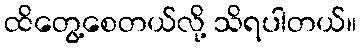
ထိတွေ့စေတယ်လို့ သိရပါတယ်။